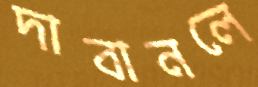
দাবানলে